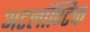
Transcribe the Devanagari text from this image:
अटलांण्टिक